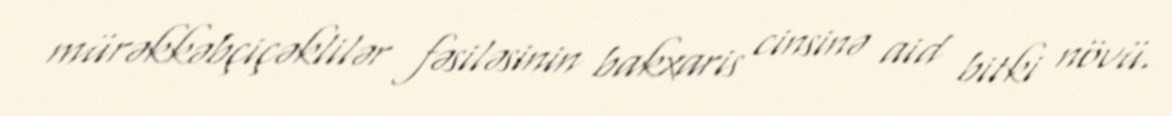
mürəkkəbçiçəklilər fəsiləsinin bakxaris cinsinə aid bitki növü.